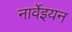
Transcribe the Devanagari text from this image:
नार्वेइयन